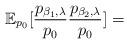
LaTeX: \begin{align*}\mathbb{E}_{p_{0}}[\frac{p_{\beta_{1},\lambda}}{p_{0}}\frac{p_{\beta_{2},\lambda}}{p_{0}}]=\end{align*}